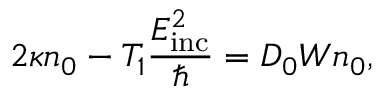
2 \kappa n _ { 0 } - T _ { 1 } \frac { E _ { \mathrm { i n c } } ^ { 2 } } { \hbar } = D _ { 0 } W n _ { 0 } ,